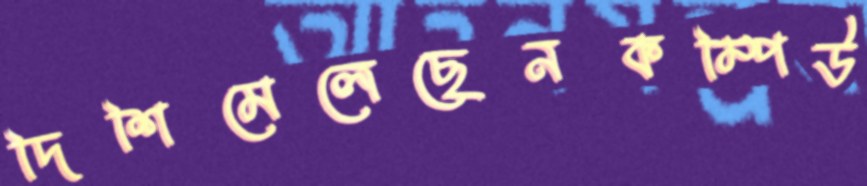
দিশিমেলেছেনকম্পিউ